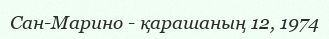
Сан-Марино - қарашаның 12, 1974